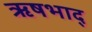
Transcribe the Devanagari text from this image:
ऋषभाद्